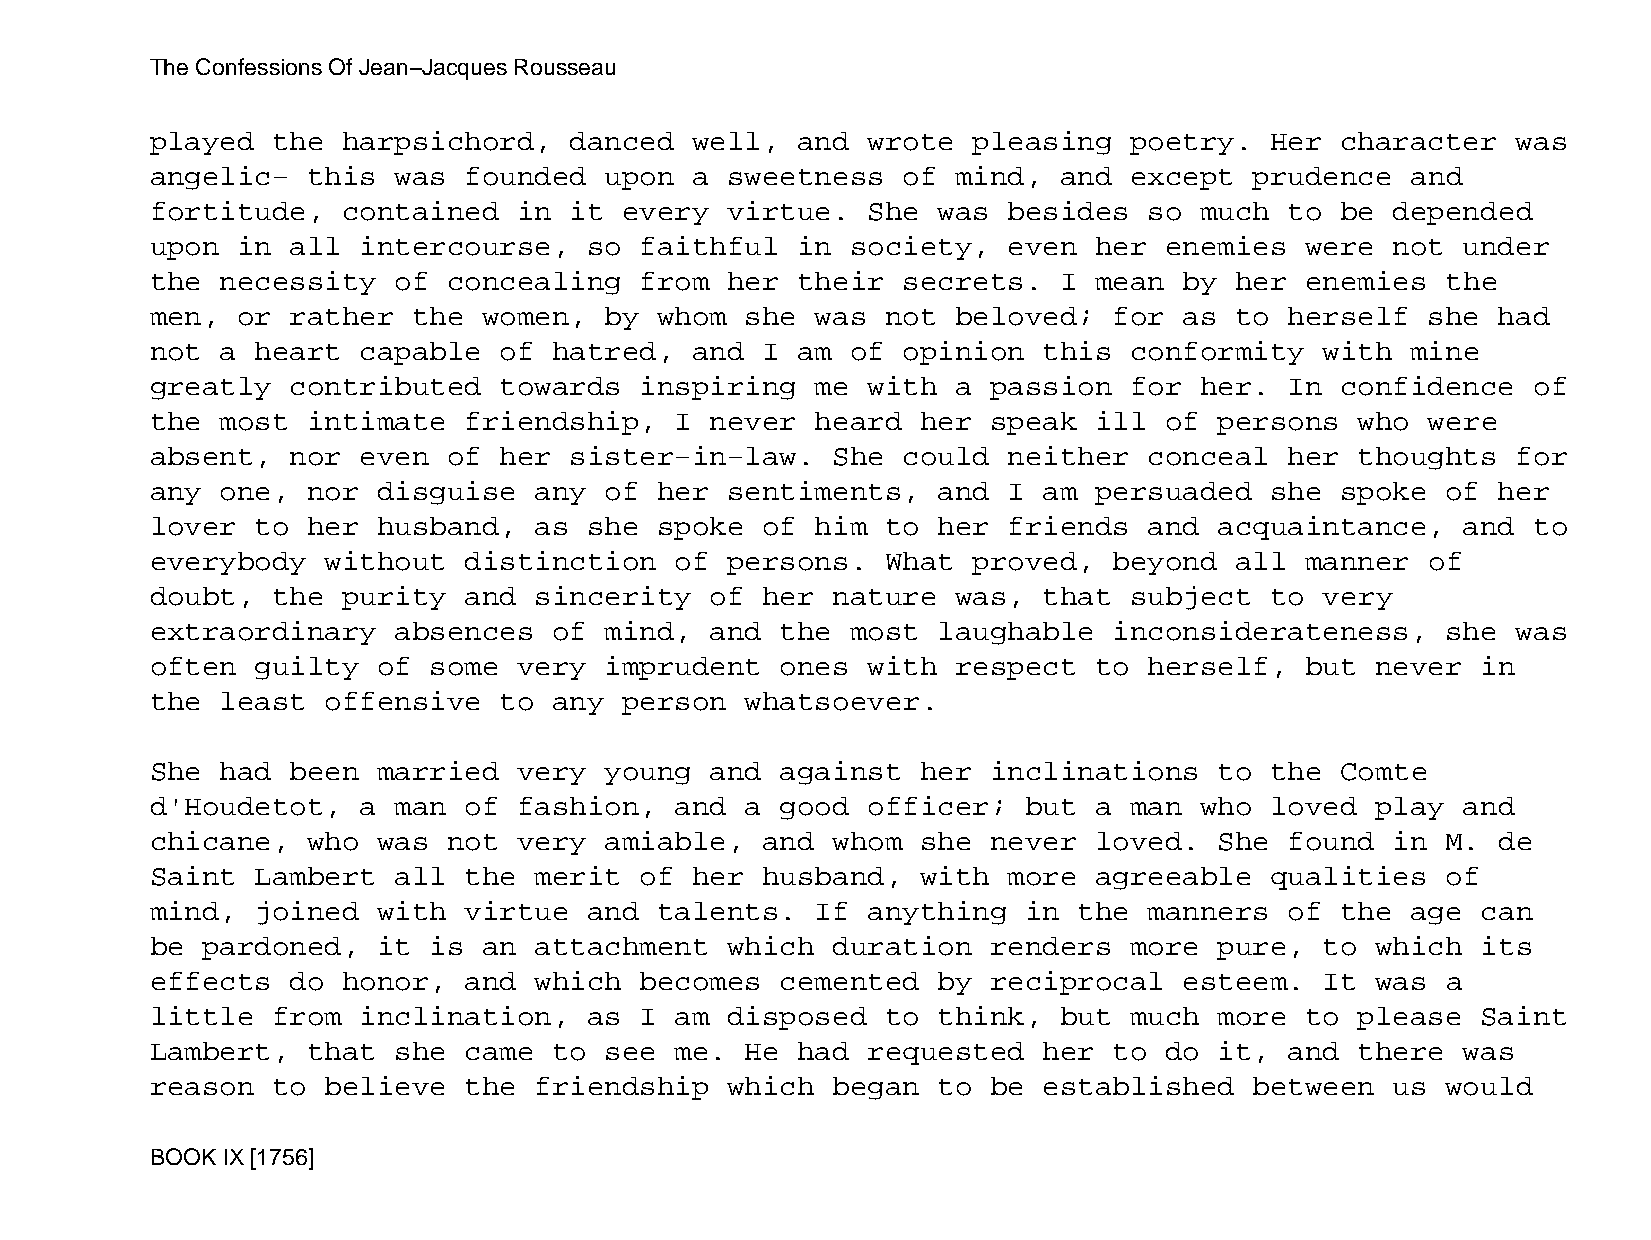
The Confessions Of Jean−Jacques Rousseau
 played  the  harpsichord,   danced  well,  and wrote  pleasing   poetry.  Her  character  was
 angelic−  this  was  founded  upon  a sweetness   of mind,  and  except  prudence  and
 fortitude,   contained  in  it every  virtue.  She  was  besides  so much  to  be depended
 upon  in all  intercourse,   so faithful   in society,   even her  enemies  were  not  under
 the  necessity  of  concealing  from  her  their  secrets.  I mean  by  her enemies   the
 men,  or rather  the  women,  by  whom she  was  not beloved;   for as  to herself   she had
 not  a heart  capable  of  hatred,  and I  am of  opinion  this  conformity   with mine
 greatly  contributed   towards  inspiring   me with  a  passion  for her.  In  confidence  of
 the  most intimate   friendship,   I never  heard  her  speak ill  of  persons  who  were
 absent,  nor  even  of her  sister−in−law.   She  could  neither  conceal  her  thoughts  for
 any  one, nor  disguise  any  of  her sentiments,   and  I am persuaded   she  spoke  of her
 lover  to her  husband,  as  she  spoke of  him  to her  friends  and  acquaintance,   and to
 everybody   without  distinction   of persons.   What proved,   beyond  all manner   of
 doubt,  the  purity  and sincerity   of her  nature  was,  that  subject  to  very
 extraordinary   absences   of mind,  and  the most  laughable   inconsiderateness,    she was
 often  guilty  of some  very  imprudent   ones with  respect  to  herself,  but  never  in
 the  least  offensive  to  any person  whatsoever.
 She  had been  married  very  young  and  against  her  inclinations   to the  Comte
 d'Houdetot,   a man  of fashion,   and a  good officer;   but a  man who  loved  play  and
 chicane,  who  was  not very  amiable,  and  whom  she  never loved.   She found  in  M. de
 Saint  Lambert  all  the merit  of  her husband,   with  more agreeable   qualities   of
 mind,  joined  with  virtue  and  talents.  If anything   in the  manners  of  the age  can
 be pardoned,   it is  an attachment   which  duration   renders  more  pure,  to which  its
 effects  do  honor,  and which  becomes   cemented  by  reciprocal  esteem.   It was  a
 little  from  inclination,   as I  am disposed   to think,  but  much  more to  please  Saint
 Lambert,  that  she  came  to see  me. He  had requested   her  to do  it, and  there  was
 reason  to  believe  the friendship   which  began  to  be established   between  us  would
 BOOK IX [1756]